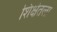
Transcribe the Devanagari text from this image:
शिक्षेतला